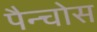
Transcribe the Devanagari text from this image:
पैन्चोस